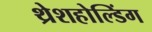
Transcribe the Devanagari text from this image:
थ्रेशहोल्डिंग